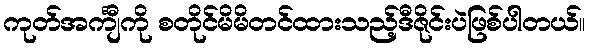
ကုတ်အင်္ကျီကို စတိုင်မိမိတင်ထားသည့်ဒီဇိုင်းပဲဖြစ်ပါတယ်။